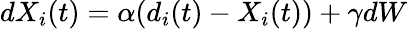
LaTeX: dX_{i}(t)=\alpha(d_{i}(t)-X_{i}(t))+\gamma dW